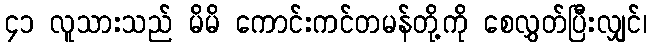
၄၁ လူသားသည် မိမိ ကောင်းကင်တမန်တို့ကို စေလွှတ်ပြီးလျှင်၊